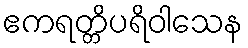
ဧကရတ္တိပရိဝါသေန